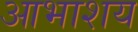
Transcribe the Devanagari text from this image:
आभाशय